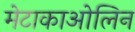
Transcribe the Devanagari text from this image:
मेटाकाओलिन